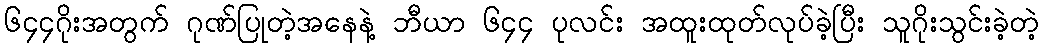
၆၄၄ဂိုးအတွက် ဂုဏ်ပြုတဲ့အနေနဲ့ ဘီယာ ၆၄၄ ပုလင်း အထူးထုတ်လုပ်ခဲ့ပြီး သူဂိုးသွင်းခဲ့တဲ့